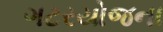
ગટરયોજના